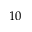
1 0